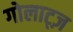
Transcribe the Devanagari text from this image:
गोलाट्ज़